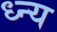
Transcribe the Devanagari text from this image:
ध्न्य